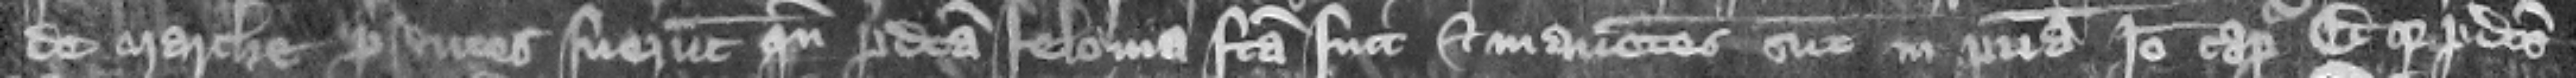
de Marche presentes fuerunt quando predicta felonia facta fut et manentes sunt in patria Ideo capiantur Et quia predicts